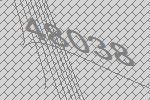
48038